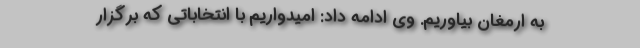
به ارمغان بیاوریم. وی ادامه داد: امیدواریم با انتخاباتی که برگزار